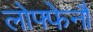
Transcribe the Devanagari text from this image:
लोफ्फेनौ